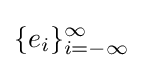
\{e_{i}\}_{i=-\infty }^{\infty }